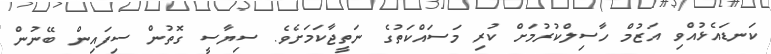
ކަނޑައެޅުއްވި އަޒުމް ހާސިލްކުރުމަށް ކުރި މަސައްކަތުގެ ނަތީޖާކަމަށެވެ. ސިޔާސީ ގޮތުން ސިފައިން ބޭނުން